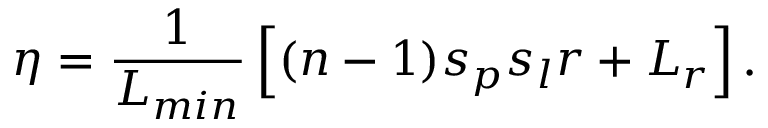
\eta = \frac { 1 } { L _ { m i n } } \left[ ( n - 1 ) s _ { p } s _ { l } r + L _ { r } \right] .